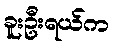
ခူးဦးရယ်က